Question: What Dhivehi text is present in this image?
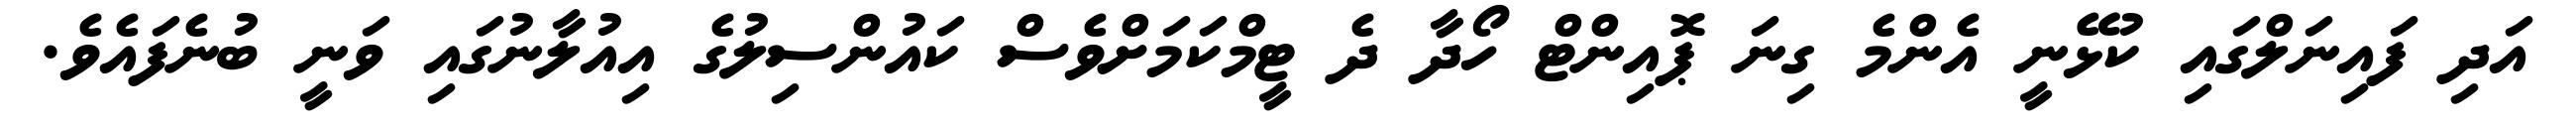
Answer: އަދި ފައިނަލްގައި ކުޅޭނީ އެންމެ ގިނަ ޕޮއިންޓް ހޯދާ ދެ ޓީމްކަމަށްވެސް ކައުންސިލުގެ އިއުލާނުގައި ވަނީ ބުނެފައެވެ.